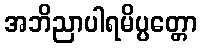
အဘိညာပါရမိပ္ပတ္တော